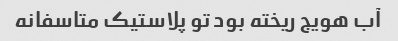
آب هویج ریخته بود تو پلاستیک متاسفانه